Indian journal of veterinary science and animal husbandry - Volumes 15-17, 1948-1951
Year: 1948
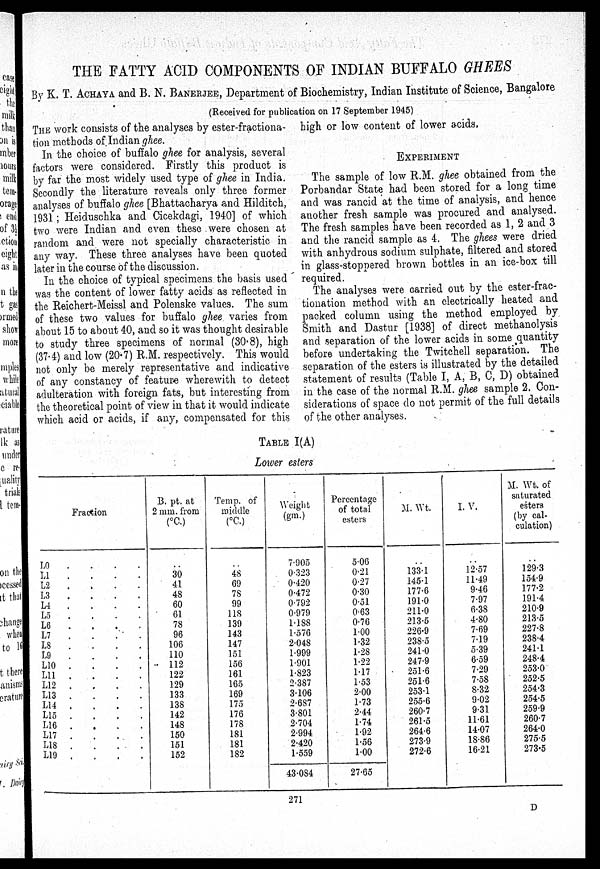
THE FATTY ACID COMPONENTS OF INDIAN BUFFALO GHEES
By K. T. ACHAYA and B. N. BANERJEE , Department of Biochemistry, Indian Institute of Science, Bangalore
(Received for publication on 17 September 1945)
THE work consists of the analyses by ester-fractiona-
tion methods of Indian ghee.
In the choice of buffalo ghee for analysis, several
factors were considered. Firstly this product is
by far the most widely used type of ghee in India.
Secondly the literature reveals only three former
analyses of buffalo ghee [Bhattacharya and Hilditch,
1931; Heiduschka and Cicekdagi, 1940] of which
two were Indian and even these were chosen at
random and were not specially characteristic in
any way. These three analyses have been quoted
later in the course of the discussion.
In the choice of typical specimens the basis used
was the content of lower fatty acids as reflected in
the Reichert-Meissl and Polenske values. The sum
of these two values for buffalo ghee varies from
about 15 to about 40, and so it was thought desirable
to study three specimens of normal (30.8), high
(37.4) and low (20.7) R.M. respectively. This would
not only be merely representative and indicative
of any constancy of feature wherewith to detect
adulteration with foreign fats, but interesting from
the theoretical point of view in that it would indicate
which acid or acids, if any, compensated for this.
high or low content of lower acids.
EXPERIMENT
The sample of low R.M. ghee obtained from the
Porbandar State had been stored for a long time
and was rancid at the time of analysis, and hence
another fresh sample was procured and analysed.
The fresh samples have been recorded as 1, 2 and 3
and the rancid sample as 4. The ghees were dried
with anhydrous sodium sulphate, filtered and stored
in glass-stoppered brown bottles in an ice-box till
required.
The analyses were carried out by the ester-frac-
tionation method with an electrically heated and
packed column using the method employed by
Smith and Dastur [1938] of direct methanolysis
and separation of the lower acids in some quantity
before undertaking the Twitchell separation. The
separation of the esters is illustrated by the detailed
statement of results (Table I, A, B, C, D) obtained
in the case of the normal R.M. ghee sample 2. Con-
siderations of space do not permit of the full details
of the other analyses.
TABLE I(A)
Lower esters
Fraction
L0 . . . .
L1. . . .
L2. . . .
L3. . . .
L4. . . .
L5. . . .
L6. . . .
L7. . . .
L8. . . .
L9. . . .
L10. . . .
L11. . . .
L12. . . .
L13. . . .
L14. . . .
L15. . . .
L16. . . .
L17. . . .
L18. . . .
L19. . . .
B. pt. at
2 mm. from
(°C.)
..
30
41
48
60
61
78
96
106
110
112
122
129
133
138
142
148
150
151
152
Temp, of
middle
(°C.)
..
48
69
78
99
118
139
143
147
151
156
161
165
169
175
176
178
181
181
182
Weight
(gm.)
7.905
0.323
0.420
0.472
0.792
0.979
1.188
1.576
2.048
1.999
1.901
1.823
2.387
3.106
2.687
3.801
2.704
2.994
2.420
1.559
43.084
Percentage
of total
esters
5.06
0.21
0.27
0.30
0.51
0.63
0.76
1.00
1.32
1.28
1.22
1.17
1.53
2.00
1.73
2.44
1.74
1.92
1.56
1.00
27.65
M. Wt.
. .
133.1
145.1
177.6
191.0
211.0
213.5
226.9
238.5
241.0
247.9
251.6
251.6
253.1
255.6
260.7
261.5
264.6
273.9
272.6
I. V.
. .
12.57
11.49
9.46
7.97
6.38
4.80
7.69
7.19
5.39
6.59
7.29
7.58
8.32
9.02
9.31
11.61
14.07
18.86
16.21
M. Wt. of
saturated
esters
(by cal-
culation)
. .
129.3
154.9
177.2
191.4
210.9
213.5
227.8
238.4
241.1
248.4
253.0
252.5
254.3
254.5
259.9
260.7
264.0
275.5
273.5
271
D